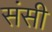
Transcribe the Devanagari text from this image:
संसी